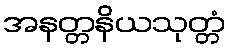
အနတ္တနိယသုတ္တံ